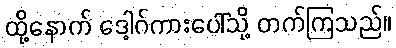
ထို့နောက် ဒေါ့ဂ်ကားပေါ်သို့ တက်ကြသည်။